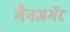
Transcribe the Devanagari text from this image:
मैनजमेंट